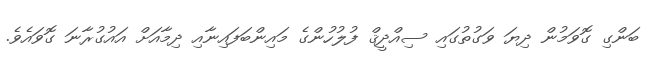
ބަންގި ގޮވަމުން ދިޔަ ވަގުތުގައި ސިއްދީޤް ފުލުހުންގެ މައިންބަފައިނާއި ދިމާއަށް އައުގުރާނަ ގޮވައެވެ.